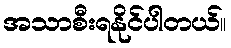
အသာစီးရနိုင်ပါတယ်။